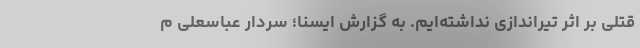
قتلی بر اثر تیراندازی نداشته‌ایم. به گزارش ایسنا؛ سردار عباسعلی م